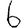
Digit: 6